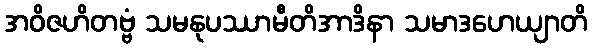
အဝိဇဟိတဗ္ဗံ သမနုပဿာမီတိအာဒိနာ သမာဒဟေယျာတိ